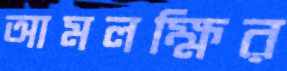
আমলক্ষির